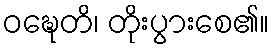
ဝဍ္ဎေတိ၊ တိုးပွားစေ၏။